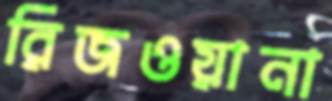
রিজওয়ানা